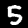
Label: 5